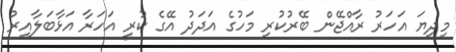
މިދިޔަ އަހަރު ރާއްޖޭން ބޭރުކުރި މަހުގެ އަދަދު އޭގެ ކުރީ އަހަރާ އަޅާބަލާއިރު